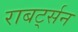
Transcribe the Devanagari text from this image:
राबर्ट्सन